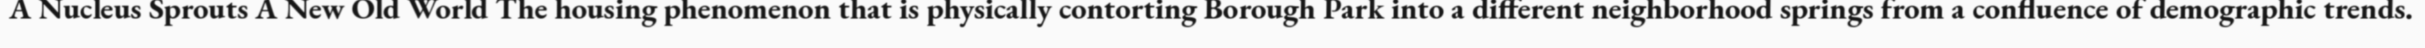
A Nucleus Sprouts A New Old World The housing phenomenon that is physically contorting Borough Park into a different neighborhood springs from a confluence of demographic trends.